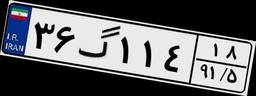
۳۶گ۱۱۴۱۸